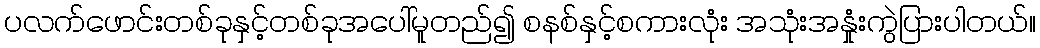
ပလက်ဖောင်းတစ်ခုနှင့်တစ်ခုအပေါ်မူတည်၍ စနစ်နှင့်စကားလုံး အသုံးအနှုံးကွဲပြားပါတယ်။